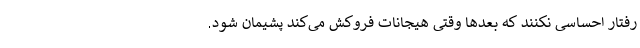
رفتار احساسی نکنند که بعدها وقتی هیجانات فروکش می‌کند پشیمان شود.